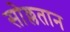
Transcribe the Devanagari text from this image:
सोल्लतान